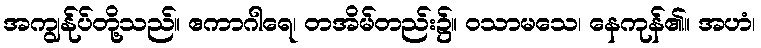
အကျွန်ုပ်တို့သည်။ ဧကာဂါရေ၊ တအိမ်တည်း၌။ ဝသာမသေ၊ နေကုန်၏။ အဟံ၊